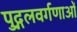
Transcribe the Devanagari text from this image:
पुद्गलवर्गणाओं